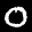
Label: 0